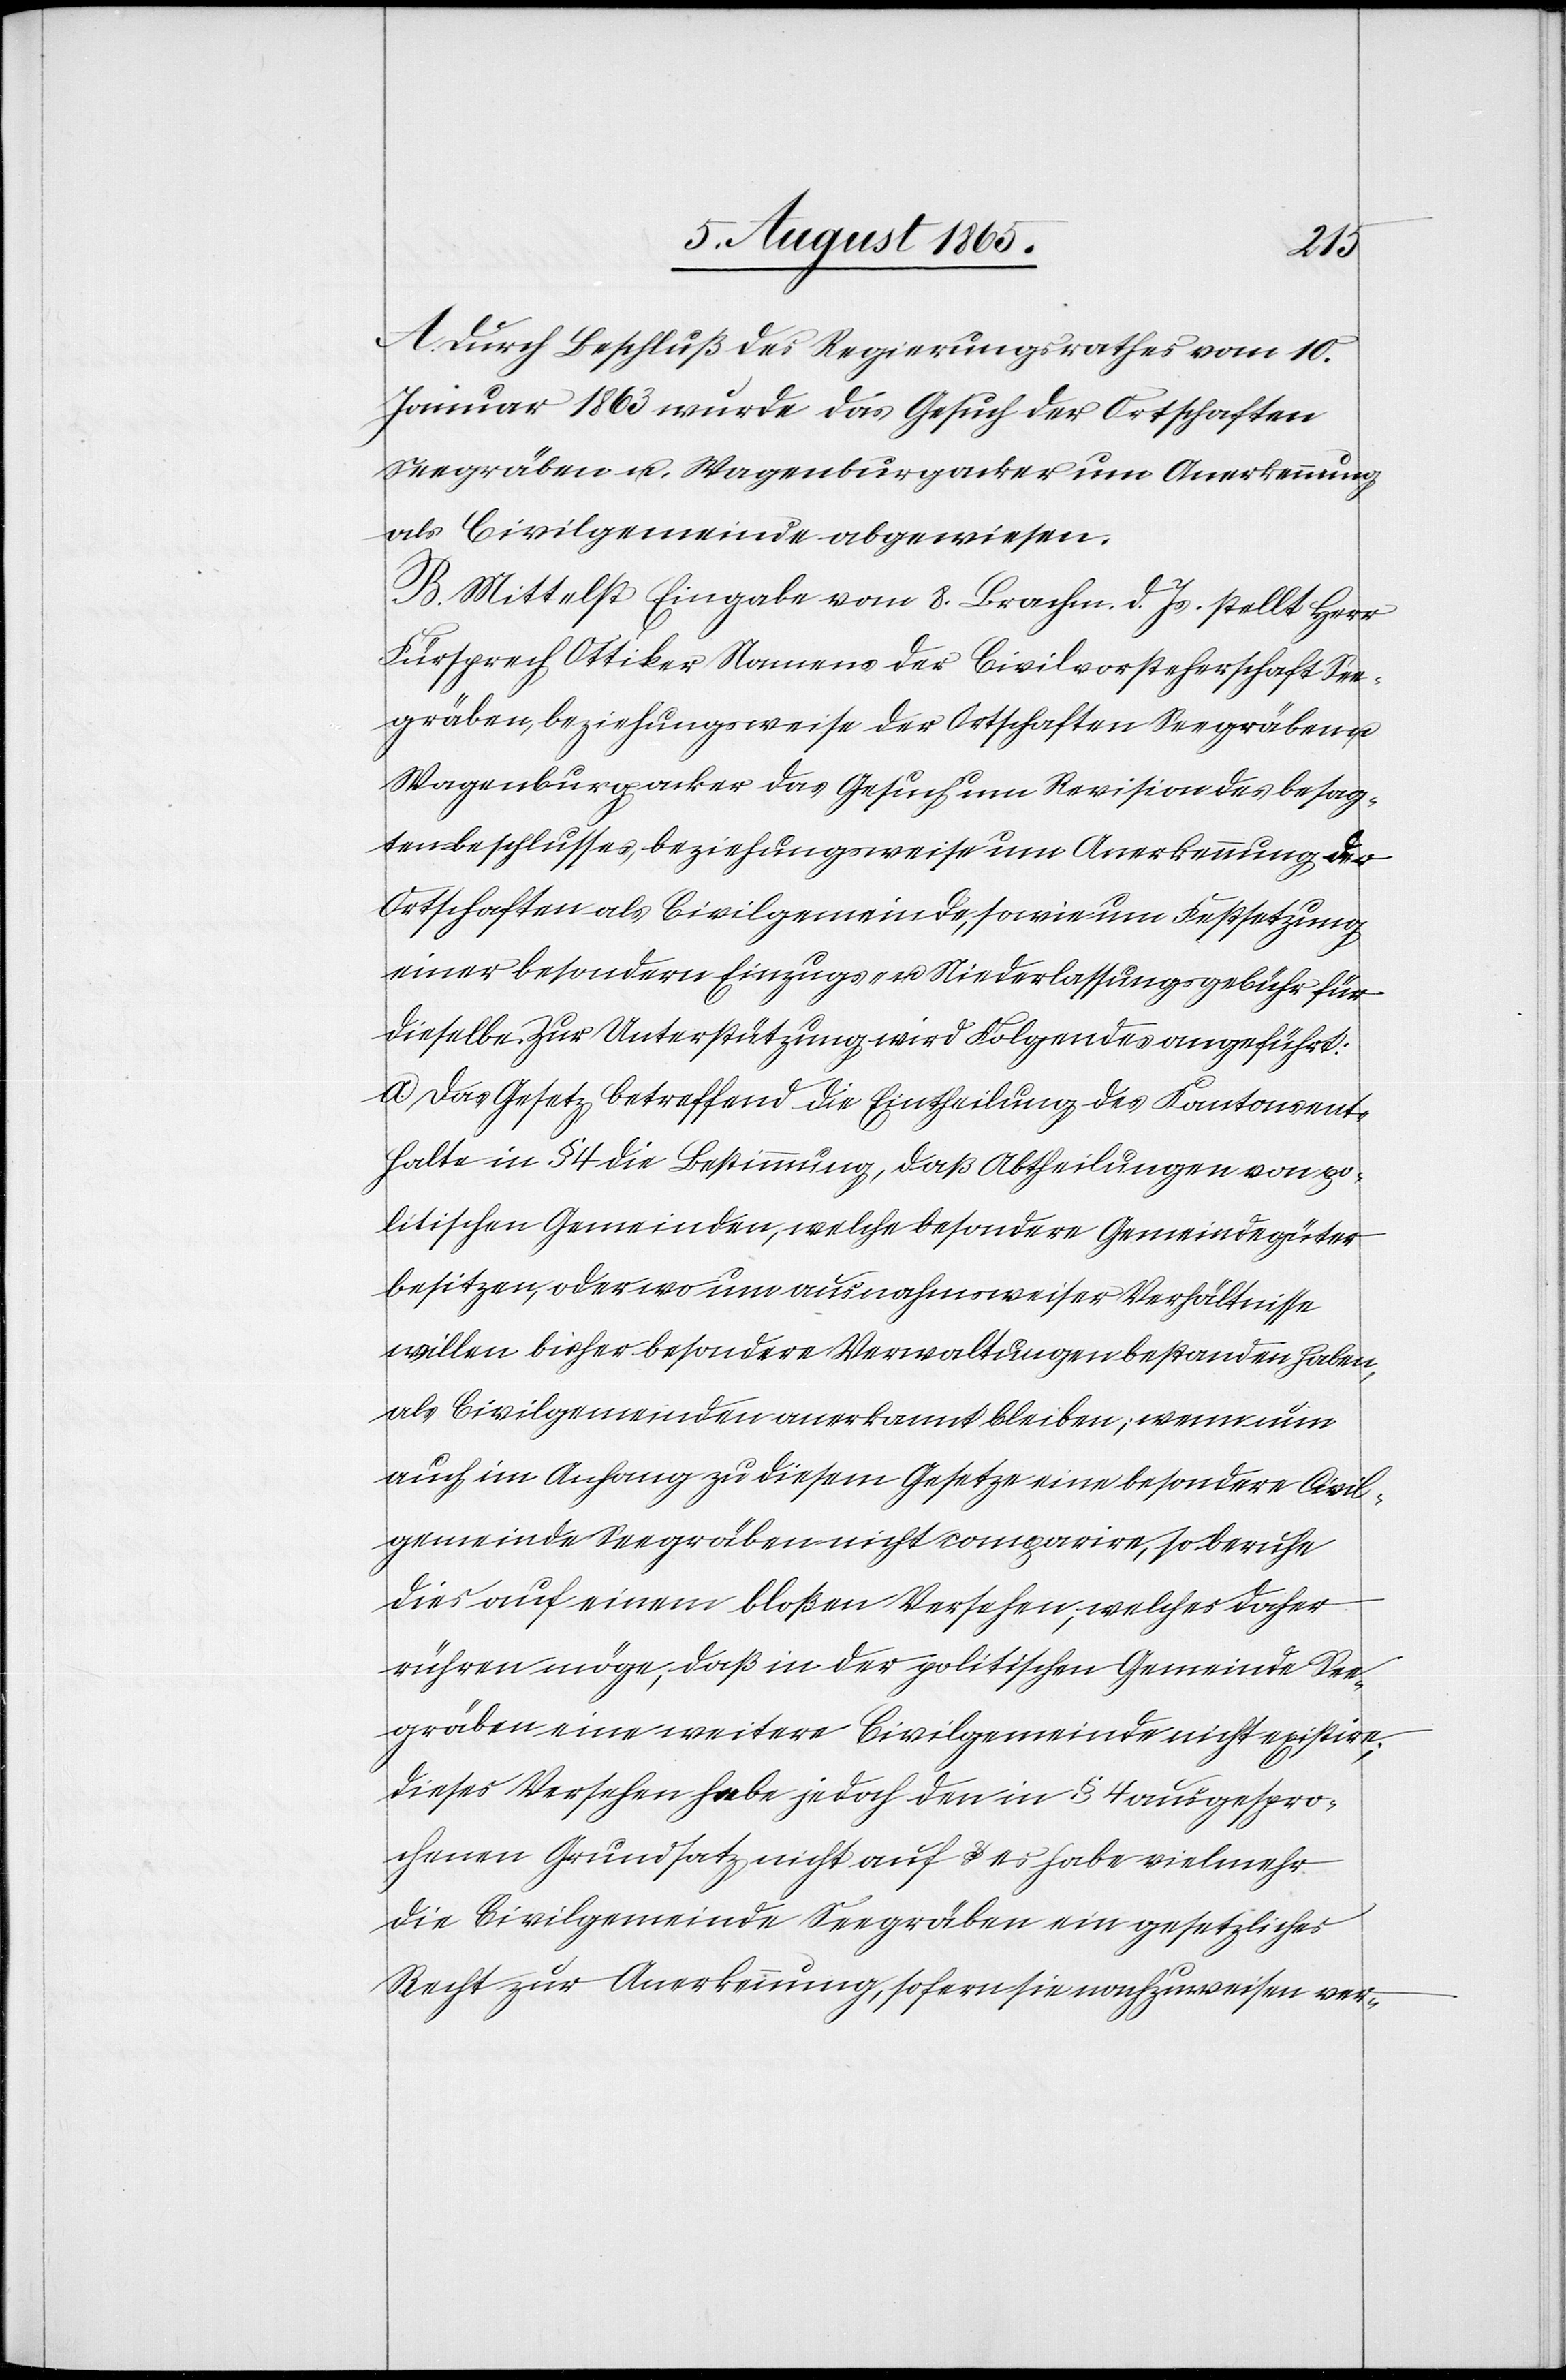
A.
Durch Beschluß des Regierungsrathes vom 10.
Januar 1863 wurde das Gesuch der Ortschaften
Seegräben u. Wagenburgacker um Anerkennung
als Civilgemeinde abgewiesen.
B. Mittelst Eingabe vom 8. Brachm. d. Js. stellt Herr
Fürsprech Ottiker Namens der Civilvorsteherschaft See¬
gräben, beziehungsweise der Ortschaften Seegräben
Wagenburgacker das Gesuch um Revision des besag¬
ten Beschlusses, beziehungsweise um Anerkennung der
Ortschaften als Civilgemeinde, sowie um Festsetzung
einer besondern Einzugs- u. Niederlassungsgebühr für
dieselbe. Zur Unterstützung wird Folgendes angeführt:
a. Das Gesetz, betreffend die Eintheilung des Kantons ent¬
halte in § 4 die Bestimmung, daß Abtheilungen von po¬
litischen Gemeinden, welche besondere Gemeindegüter
besitzen, oder wo um ausnahmsweiser Verhältnisse
willen bisher besondere Verwaltungen bestanden haben,
als Civilgemeinden anerkannt bleiben; wenn nun
auch im Anhang zu diesem Gesetze eine besondere Civil¬
gemeinde Seegräben nicht comparire, so beruhe
dies auf einem bloßen Versehen, welches daher
rühren möge, daß in der politischen Gemeinde See¬
gräben eine weitere Civilgemeinde nicht existire;
dieses Versehen hebe jedoch den in § 4 ausgespro¬
chenen Grundsatz nicht auf u. es habe vielmehr
die Civilgemeinde Seegräben ein gesetzliches
Recht zur Anerkennung, sofern sie nachzuweisen ver-